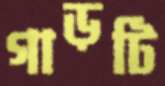
গাড়টি